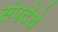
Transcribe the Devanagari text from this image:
संपदेचे